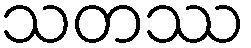
သတဿ